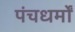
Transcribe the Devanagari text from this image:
पंचधर्मों